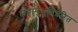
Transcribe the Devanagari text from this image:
सहानुभूतिप्रेरित